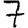
Digit: 7